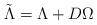
LaTeX: \begin{align*}\tilde\Lambda=\Lambda+D\Omega\end{align*}